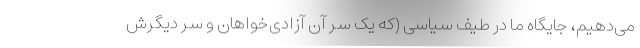
می‌دهیم، جایگاه ما در طیف سیاسی‌ (که یک سر آن آزادی‌خواهان و سر دیگرش